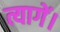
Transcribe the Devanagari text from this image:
त्यागें।